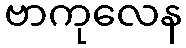
ဗာကုလေန